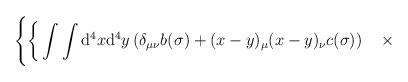
LaTeX: \begin{align*}\Bigg\{\bigg\{\int\int\mathrm{d}^4x\mathrm{d}^4y\left(\delta_{\mu\nu}b(\sigma)+(x-y)_\mu(x-y)_\nu c(\sigma)\right)\quad\times\end{align*}